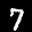
Label: 7